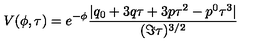
V ( \phi , \tau ) = e ^ { - \phi } \frac { | q _ { 0 } + 3 q \tau + 3 p \tau ^ { 2 } - p ^ { 0 } \tau ^ { 3 } | } { ( \Im \tau ) ^ { 3 / 2 } }